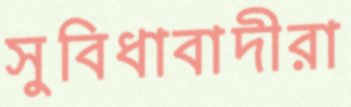
সুবিধাবাদীরা